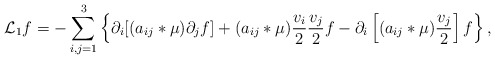
\begin{align*} \mathcal{L}_1f=-\sum_{i,j=1}^3\left\{\partial_i[(a_{ij}*\mu)\partial_jf]+(a_{ij}*\mu)\frac{v_i}{2}\frac{v_j}{2}f-\partial_i\left[(a_{ij}*\mu)\frac{v_j}{2}\right]f\right\},\end{align*}